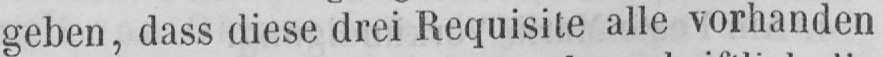
geben, dass diese drei Requisite alle vorhanden